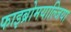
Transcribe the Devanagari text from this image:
फाइब्रोमयाल्जिया